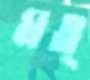
মত্